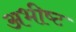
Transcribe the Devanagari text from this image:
अभीष्‍ट